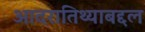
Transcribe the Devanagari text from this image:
आदरातिथ्याबद्दल